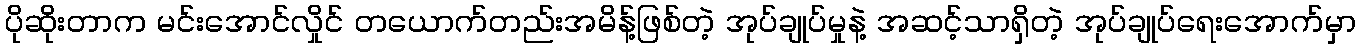
ပိုဆိုးတာက မင်းအောင်လှိုင် တယောက်တည်းအမိန့်ဖြစ်တဲ့ အုပ်ချုပ်မှုနဲ့ အဆင့်သာရှိတဲ့ အုပ်ချုပ်ရေးအောက်မှာ